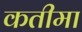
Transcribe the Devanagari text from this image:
कतीमा